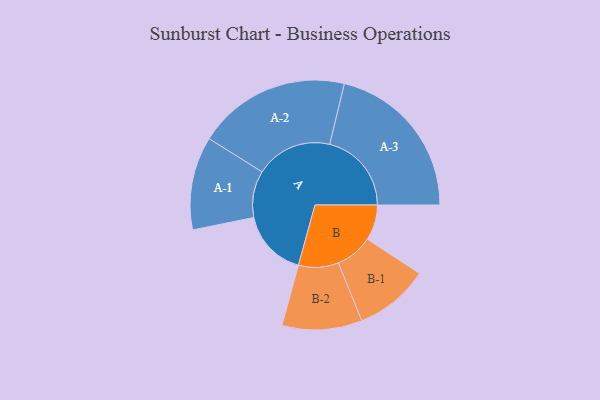
{"axis": {"x": "Segment", "y": "Value"}, "legend": ["", "A", "B"], "data": [{"x": "A", "y": 194, "type": ""}, {"x": "B", "y": 102, "type": ""}, {"x": "A-1", "y": 134, "type": "A"}, {"x": "A-2", "y": 220, "type": "A"}, {"x": "A-3", "y": 235, "type": "A"}, {"x": "B-1", "y": 107, "type": "B"}, {"x": "B-2", "y": 115, "type": "B"}]}